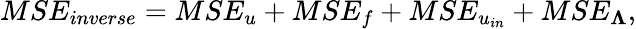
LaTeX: MSE_{inverse}=MSE_{u}+MSE_{f}+MSE_{u_{in}}+MSE_{\boldsymbol{\Lambda}},